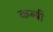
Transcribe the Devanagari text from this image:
कब्बी